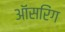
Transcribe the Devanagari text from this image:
ऑंसरिंग